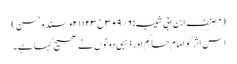
(مصنف ابن ابی شیبہ:۶؍۳۰۹ح۲۱۱۲۳و سندہ حسن)
اس اثر کو امام حاکم اور ذہبی دونوں نے صحیح کہا ہے۔